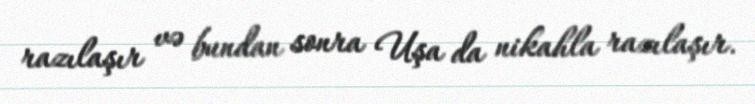
razılaşır və bundan sonra Uşa da nikahla razılaşır.